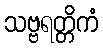
သဗ္ဗရတ္တိကံ